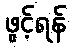
ဖွင့်ရန်